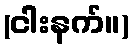
(ငါးနက်။)